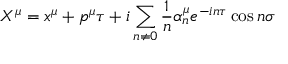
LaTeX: X ^ { \mu } = x ^ { \mu } + p ^ { \mu } \tau + i \sum _ { n \neq 0 } \frac { 1 } { n } { \alpha } _ { n } ^ { \mu } e ^ { - i n \tau } \cos { n \sigma }